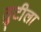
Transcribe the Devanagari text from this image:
तुटीला